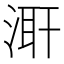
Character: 𭱌